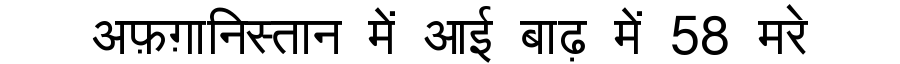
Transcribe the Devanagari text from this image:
अफ़ग़ानिस्तान में आई बाढ़ में 58 मरे